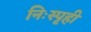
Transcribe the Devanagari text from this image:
निःस्पृही